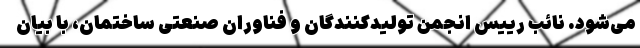
می‌شود. نائب رییس انجمن تولیدکنندگان و فناوران صنعتی ساختمان، با بیان